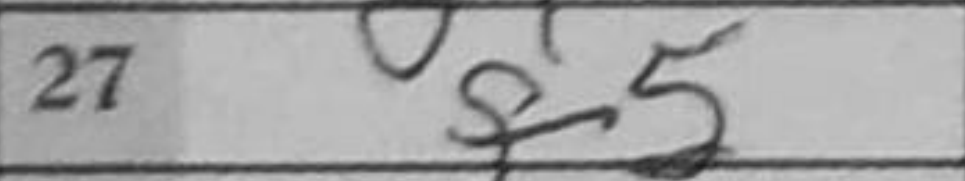
Transcription: f5